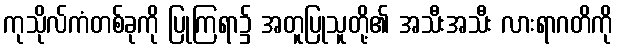
ကုသိုလ်ကံတစ်ခုကို ပြုကြရာ၌ အတူပြုသူတို့၏ အသီးအသီး လားရာဂတိကို